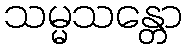
သမ္မသန္တော